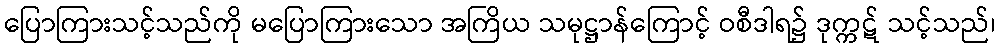
ပြောကြားသင့်သည်ကို မပြောကြားသော အကြိယ သမုဋ္ဌာန်ကြောင့် ဝစီဒါရ၌ ဒုက္ကဋ် သင့်သည်၊